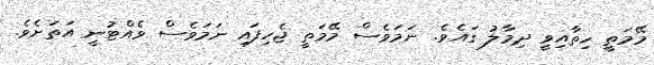
މޭމަތީ ހިތާއިވީ ދިމާލު ގައެވެ. ނަމަވެސް މޭމަތީ ޖެހިފައި ނަމަވެސް ވެއްޓުނީ އަތަށެވެ.